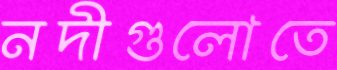
নদীগুলোতে